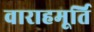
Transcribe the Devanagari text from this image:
वाराहमूर्ति